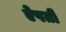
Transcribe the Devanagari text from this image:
ऐपती